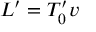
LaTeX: L ^ { \prime } = T _ { 0 } ^ { \prime } v